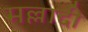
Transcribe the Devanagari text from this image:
मल्लादी